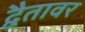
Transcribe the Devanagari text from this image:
द्वैतावर